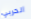
الحربي